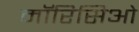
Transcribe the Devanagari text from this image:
मॉरिसिओ